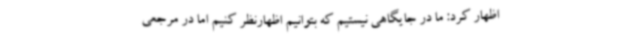
اظهار کرد: ما در جایگاهی نیستیم که بتوانیم اظهارنظر کنیم اما در مرجعی